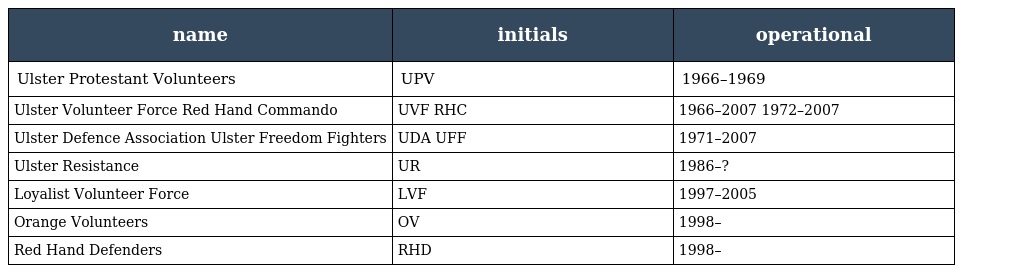
| name | initials | operational |
 | --- | --- | --- |
 | Ulster Protestant Volunteers | UPV | 1966–1969 |
 | Ulster Volunteer Force Red Hand Commando | UVF RHC | 1966–2007 1972–2007 |
 | Ulster Defence Association Ulster Freedom Fighters | UDA UFF | 1971–2007 |
 | Ulster Resistance | UR | 1986–? |
 | Loyalist Volunteer Force | LVF | 1997–2005 |
 | Orange Volunteers | OV | 1998– |
 | Red Hand Defenders | RHD | 1998– |